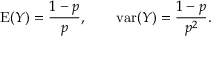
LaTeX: \operatorname { E } ( Y ) = { \frac { 1 - p } { p } } , \qquad \operatorname { v a r } ( Y ) = { \frac { 1 - p } { p ^ { 2 } } } .